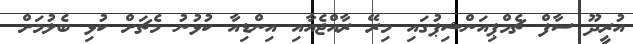
އުރީދޫ ސާފް ޗެމްޕިއަންޝިޕުގައި މިރޭ ރާއްޖެއާއި އިންޑިއާ ކުޅުނު މެޗަށް ކުޅި ބެލުމަށް